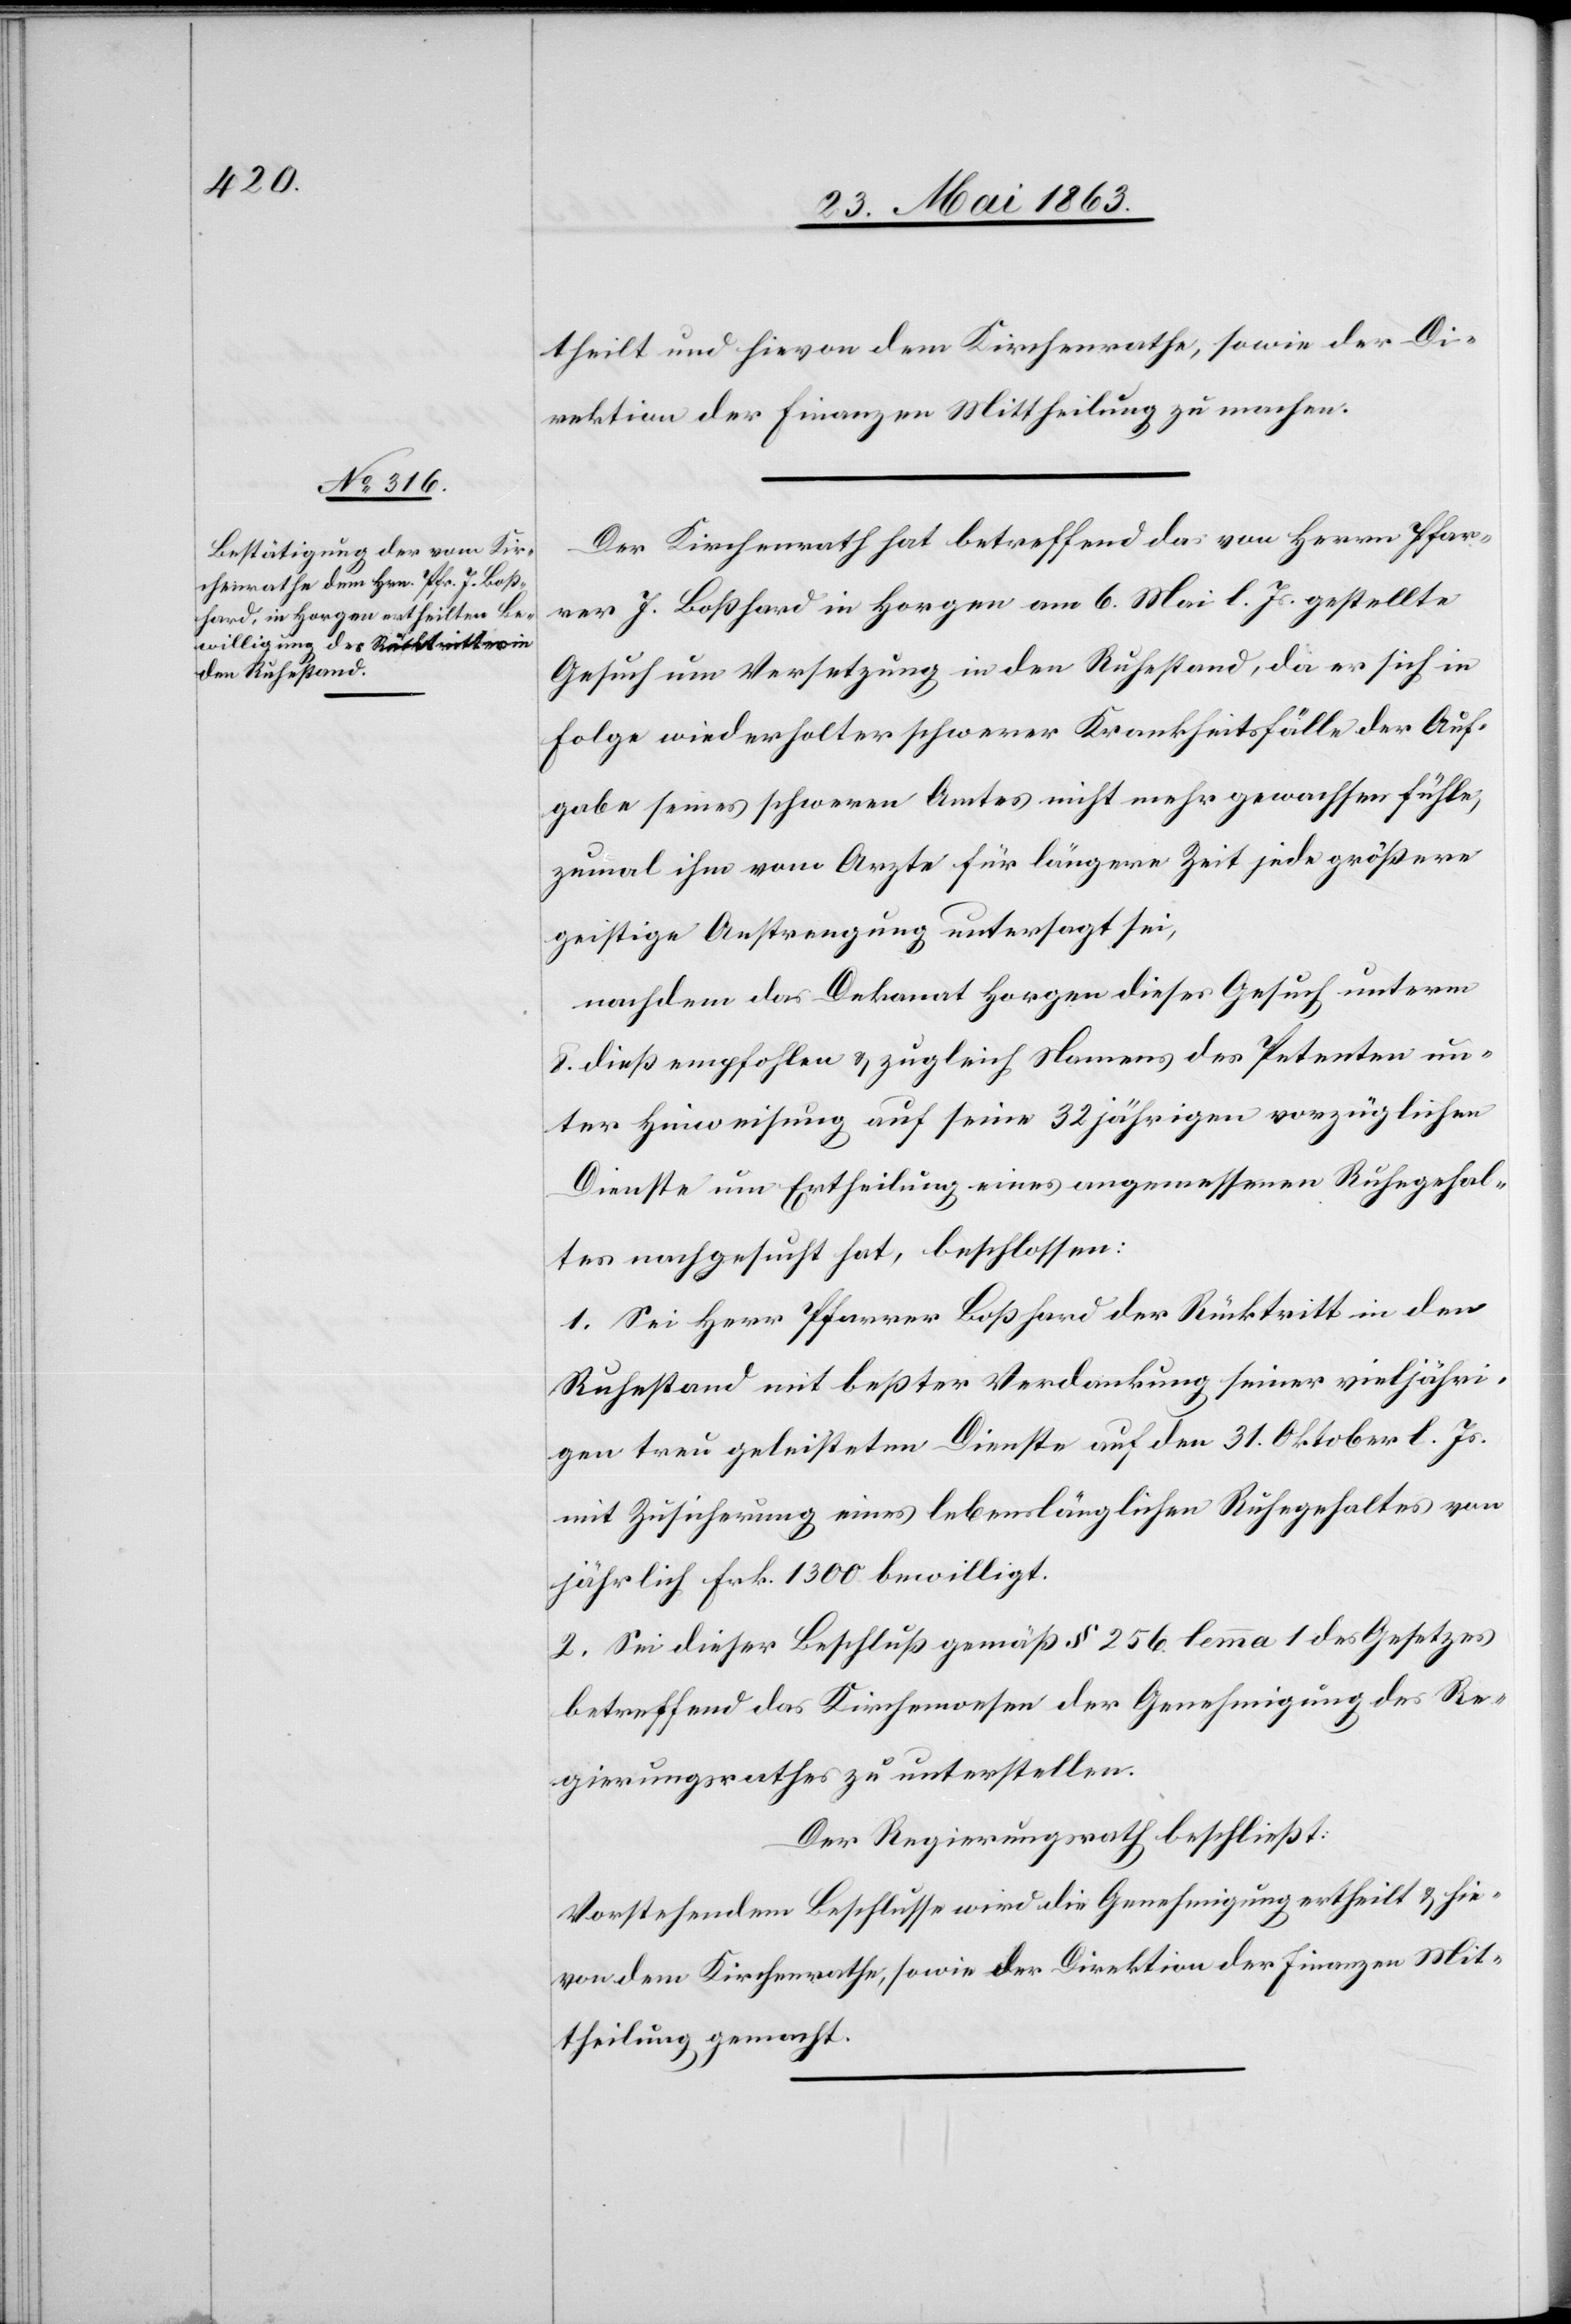
theilt und hievon dem Kirchenrathe, sowie der Di¬
rektion der Finanzen Mittheilung zu machen.
Der Kirchenrath hat betreffend das von Herrn Pfar¬
rer J. Boßhard in Horgen am 6. Mai l. Js. gestellte
Gesuch um Versetzung in den Ruhestand, da er sich in
Folge wiederholter schwerer Krankheitsfälle der Auf¬
gabe seines schweren Amtes nicht mehr gewachsen fühle,
zumal ihm vom Arzte für längere Zeit jede größere
geistige Anstrengung untersagt sei,
nachdem das Dekanat Horgen dieses Gesuch unterm
8. dieß empfohlen & zugleich Namens des Petenten un¬
ter Hinweisung auf seine 32 jährigen vorzüglichen
Dienste um Ertheilung eines angemessenen Ruhegehal¬
tes nachgesucht hat, beschlossen:
1. Sei Herr Pfarrer Boßhard der Rücktritt in den
Ruhestand mit beßter Verdankung seiner vieljähri¬
gen treu geleisteten Dienste auf den 31. Oktober l. Js.
mit Zusicherung eines lebenslänglichen Ruhegehaltes von
jährlich Frk. 1300 bewilligt.
2. Sei dieser Beschluß gemäß § 256 lemma 1 des Gesetzes
betreffend das Kirchenwesen der Genehmigung des Re¬
gierungsrathes zu unterstellen.
Der Regierungsrath beschließt:
Vorstehendem Beschlusse wird die Genehmigung ertheilt & hie¬
von dem Kirchenrathe, sowie der Direktion der Finanzen Mit¬
theilung gemacht.